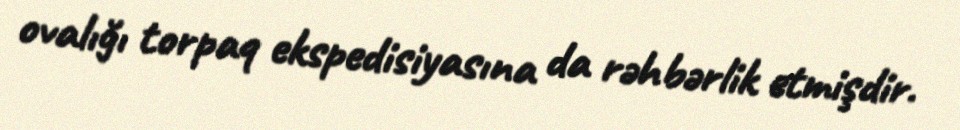
ovalığı torpaq ekspedisiyasına da rəhbərlik etmişdir.